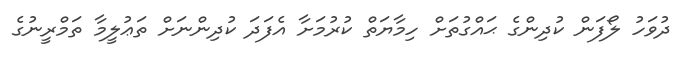
ދުވަހު ލޯފަން ކުދިންގެ ޙައްގުތަށް ހިމާޔަތް ކުރުމަށާ އެފަދަ ކުދިންނަށް ތަޢުލީމާ ތަމްރީނުގެ